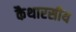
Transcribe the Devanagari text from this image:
कैथारसीय